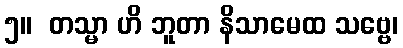
၅။  တသ္မာ ဟိ ဘူတာ နိသာမေထ သဗ္ဗေ၊